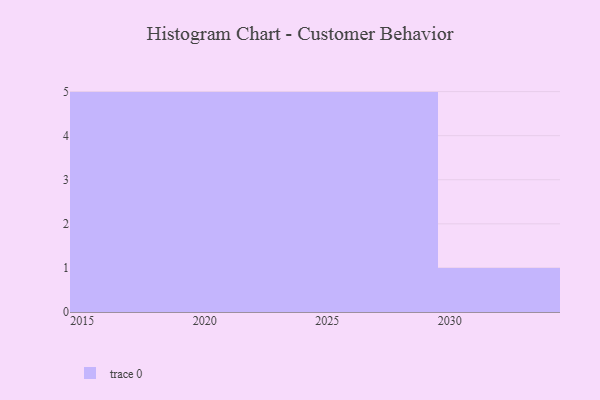
{"axis": {"x": "Year", "y": "Humidity (%)"}, "legend": [""], "data": [{"x": "2029", "y": 75, "type": ""}, {"x": "2015", "y": 44, "type": ""}, {"x": "2022", "y": 54, "type": ""}, {"x": "2025", "y": 67, "type": ""}, {"x": "2016", "y": 12, "type": ""}, {"x": "2026", "y": 11, "type": ""}, {"x": "2028", "y": 90, "type": ""}, {"x": "2030", "y": 53, "type": ""}, {"x": "2019", "y": 92, "type": ""}, {"x": "2027", "y": 26, "type": ""}, {"x": "2018", "y": 91, "type": ""}, {"x": "2017", "y": 89, "type": ""}, {"x": "2020", "y": 69, "type": ""}, {"x": "2021", "y": 44, "type": ""}, {"x": "2023", "y": 16, "type": ""}, {"x": "2024", "y": 31, "type": ""}]}